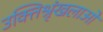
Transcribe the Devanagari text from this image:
उक्तिश्रृंखलाओं